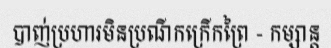
បាញ់ប្រហារមិនប្រណីកក្រើកព្រៃ - កម្សាន្ត